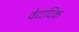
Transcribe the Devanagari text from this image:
वेदादिक